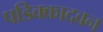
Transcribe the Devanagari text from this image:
पडिक्कादवन